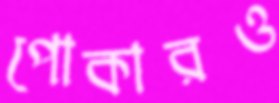
পোকারও